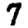
Digit: 7